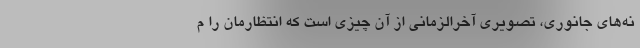
نه‌های جانوری، تصویری آخرالزمانی از آن چیزی است که انتظارمان را م